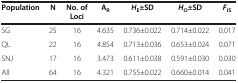
<table><thead><tr><td><b>Population</b></td><td><b>N</b></td><td><b>No. of Loci</b></td><td><b>A<sub>R</sub></b></td><td><b><i>H</i><sub>E</sub>±SD</b></td><td><b><i>H</i><sub>O</sub>±SD</b></td><td><b><i>F</i><sub>IS</sub></b></td></tr></thead><tbody><tr><td>SG</td><td>25</td><td>16</td><td>4.635</td><td>0.736±0.022</td><td>0.714±0.022</td><td>0.017</td></tr><tr><td>QL</td><td>22</td><td>16</td><td>4.854</td><td>0.713±0.036</td><td>0.653±0.024</td><td>0.071</td></tr><tr><td>SNJ</td><td>17</td><td>16</td><td>3.473</td><td>0.611±0.038</td><td>0.591±0.030</td><td>0.030</td></tr><tr><td>All</td><td>64</td><td>16</td><td>4.321</td><td>0.755±0.022</td><td>0.660±0.014</td><td>0.041</td></tr></tbody></table>